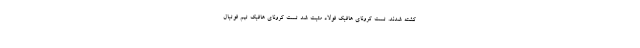
کشته شدند. تست کرونای هافبک فولاد مثبت شد تست کرونای هافبک تیم فوتبال